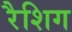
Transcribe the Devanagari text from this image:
रैशिग